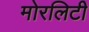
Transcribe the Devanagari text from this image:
मोरलिटी